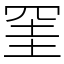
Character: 𭁹